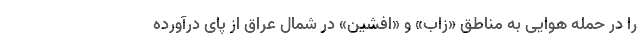
را در حمله هوایی به مناطق «زاب» و «افشین» در شمال عراق از پای درآورده